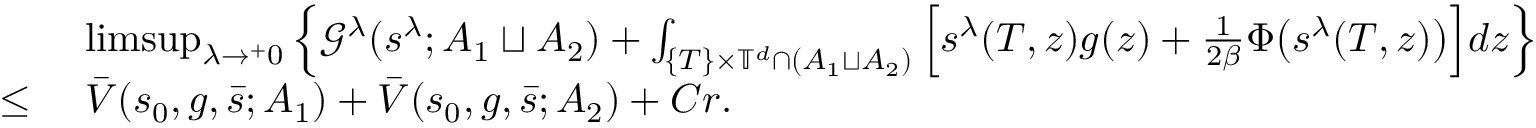
\begin{array} { r l } & { \ \operatorname* { l i m s u p } _ { \lambda \rightarrow ^ { + } 0 } \Big \{ \mathcal { G } ^ { \lambda } ( s ^ { \lambda } ; A _ { 1 } \sqcup A _ { 2 } ) + \int _ { \{ T \} \times \mathbb { T } ^ { d } \cap ( A _ { 1 } \sqcup A _ { 2 } ) } \Big [ s ^ { \lambda } ( T , z ) g ( z ) + \frac { 1 } { 2 \beta } \Phi \big ( s ^ { \lambda } ( T , z ) \big ) \Big ] d z \Big \} } \\ { \leq } & { \ \bar { V } ( s _ { 0 } , g , \bar { s } ; A _ { 1 } ) + \bar { V } ( s _ { 0 } , g , \bar { s } ; A _ { 2 } ) + C r . } \end{array}